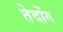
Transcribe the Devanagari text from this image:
तेदोंग